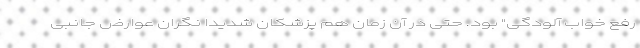
رفع خواب آلودگی" بود. حتی در آن زمان هم پزشکان شدیدا نگران عوارض جانبی